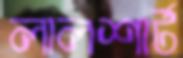
লালশার্ট